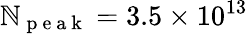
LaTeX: \mathbb{N}_{\mathrm{{~p~e~a~k~}}}=3.5\times10^{13}